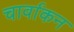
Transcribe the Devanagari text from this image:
चार्वाकन